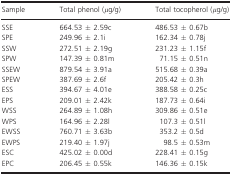
<table><thead><tr><td><b>Sample</b></td><td><b>Total phenol (<i>μ</i>g/g)</b></td><td><b>Total tocopherol (<i>μ</i>g/g)</b></td></tr></thead><tbody><tr><td>SSE</td><td>664.53 ± 2.59c</td><td>486.53 ± 0.67b</td></tr><tr><td>SPE</td><td>249.96 ± 2.1i</td><td>162.34 ± 0.78j</td></tr><tr><td>SSW</td><td>272.51 ± 2.19g</td><td>231.23 ± 1.15f</td></tr><tr><td>SPW</td><td>147.39 ± 0.81m</td><td>71.15 ± 0.51n</td></tr><tr><td>SSEW</td><td>879.54 ± 3.91a</td><td>515.68 ± 0.39a</td></tr><tr><td>SPEW</td><td>387.69 ± 2.6f</td><td>205.42 ± 0.3h</td></tr><tr><td>ESS</td><td>394.67 ± 4.01e</td><td>388.58 ± 0.25c</td></tr><tr><td>EPS</td><td>209.01 ± 2.42k</td><td>187.73 ± 0.64i</td></tr><tr><td>WSS</td><td>264.89 ± 1.08h</td><td>309.86 ± 0.51e</td></tr><tr><td>WPS</td><td>164.96 ± 2.28l</td><td>107.3 ± 0.51l</td></tr><tr><td>EWSS</td><td>760.71 ± 3.63b</td><td>353.2 ± 0.5d</td></tr><tr><td>EWPS</td><td>219.40 ± 1.97j</td><td>98.5 ± 0.53m</td></tr><tr><td>ESC</td><td>425.02 ± 0.00d</td><td>228.41 ± 0.15g</td></tr><tr><td>EPC</td><td>206.45 ± 0.55k</td><td>146.36 ± 0.15k</td></tr></tbody></table>